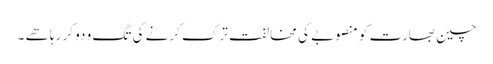
چین بھارت کو منصوبے کی مخالفت ترک کرنے کی تگ و دو کر رہا ھے ۔